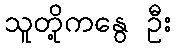
သူတို့ကနွေ ဦး